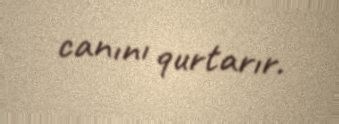
canını qurtarır.